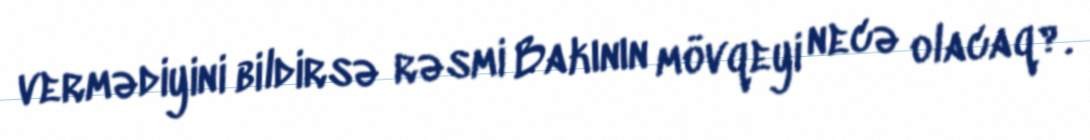
vermədiyini bildirsə rəsmi Bakının mövqeyi necə olacaq?.